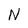
Character: N